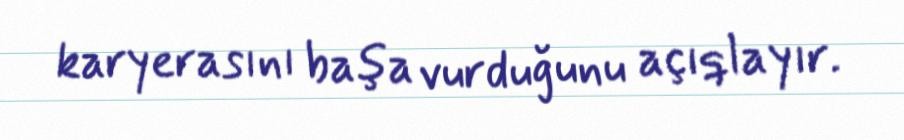
karyerasını başa vurduğunu açıqlayır.